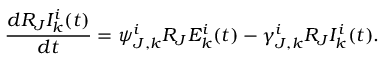
\frac { d R _ { J } I _ { k } ^ { i } ( t ) } { d t } = \psi _ { J , k } ^ { i } R _ { J } E _ { k } ^ { i } ( t ) - \gamma _ { J , k } ^ { i } R _ { J } I _ { k } ^ { i } ( t ) .